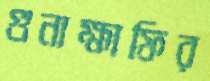
গুনাহ্মাফির